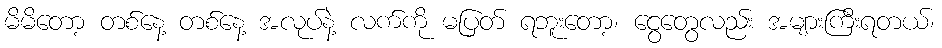
မိမိတော့ တစ်နေ့ တစ်နေ့ အလုပ်နဲ့ လက်ကို မပြတ် ရဘူးတော့၊ ငွေတွေလည်း အများကြီးရတယ်၊